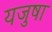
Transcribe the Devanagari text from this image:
यजुषा